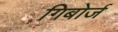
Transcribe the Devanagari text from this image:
गिबोर्ज